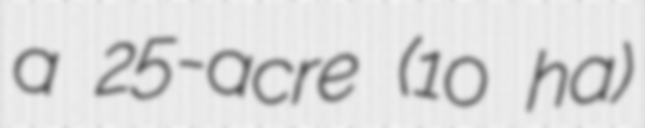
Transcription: a 25-acre (10 ha)